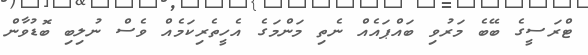
ޓްރަސީގެ ބޭބެ މަރުވި ބައްޕައެއް ނެތި މަންމަގެ އެހީތެރިކަމެއް ވެސް ނުލިބި ބޮޑުވާން